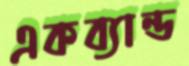
একব্যান্ড